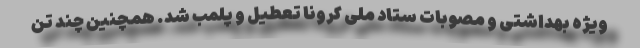
ویژه بهداشتی و مصوبات ستاد ملی كرونا تعطیل و پلمب شد. همچنين چند تن